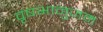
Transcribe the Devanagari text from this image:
वृषभानुजम